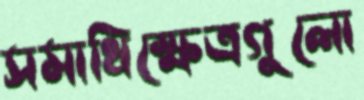
সমাধিক্ষেত্রগুলো